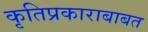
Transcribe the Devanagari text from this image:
कृतिप्रकाराबाबत